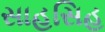
સાહસિહ